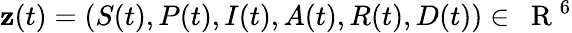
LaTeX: \textbf{z}(t)=(S(t),P(t),I(t),A(t),R(t),D(t))\in{\mathrm{~\mathbf~R~}}^{6}